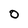
Character: 0